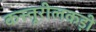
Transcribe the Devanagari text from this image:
कस्तूरीलकड़ी